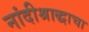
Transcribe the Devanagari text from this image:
नांदीश्राद्धाचा